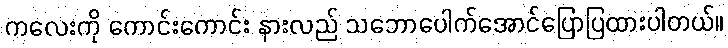
ကလေးကို ကောင်းကောင်း နားလည် သဘောပေါက်အောင်ပြောပြထားပါတယ်။